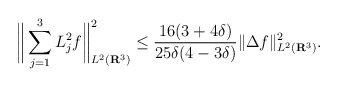
\begin{align*}\bigg\| \sum_{j=1}^3 L_j^2f \bigg\|_{L^2(\mathbf{R}^3)}^2 \leq \frac{16(3 + 4\delta)}{25\delta(4 - 3\delta)} \|\Delta f\|^{2}_{L^2(\mathbf{R}^3)}.\end{align*}